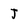
Character: J